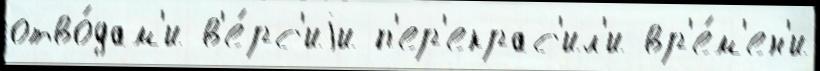
отво́дам'и в'е́рс'иjи п'ер'екрас'ил'и вр'е́м'ен'и